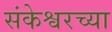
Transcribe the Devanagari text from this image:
संकेश्वरच्या